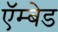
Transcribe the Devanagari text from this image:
ऍम्बेड